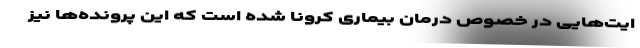
ایت‌هایی در خصوص درمان بیماری کرونا شده است که این پرونده‌ها نیز